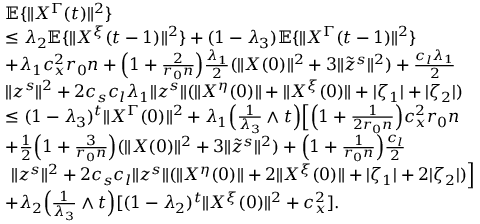
\begin{array} { r l } & { \mathbb { E } \{ \| X ^ { \Gamma } ( t ) \| ^ { 2 } \} } \\ & { \le \lambda _ { 2 } \mathbb { E } \{ \| X ^ { \xi } ( t - 1 ) \| ^ { 2 } \} + ( 1 - \lambda _ { 3 } ) \mathbb { E } \{ \| X ^ { \Gamma } ( t - 1 ) \| ^ { 2 } \} } \\ & { + \lambda _ { 1 } c _ { x } ^ { 2 } r _ { 0 } n + \Big ( 1 + \frac { 2 } { r _ { 0 } n } \Big ) \frac { \lambda _ { 1 } } { 2 } ( \| X ( 0 ) \| ^ { 2 } + 3 \| \tilde { z } ^ { s } \| ^ { 2 } ) + \frac { c _ { l } \lambda _ { 1 } } { 2 } } \\ & { \| z ^ { s } \| ^ { 2 } + 2 c _ { s } c _ { l } \lambda _ { 1 } \| z ^ { s } \| ( \| X ^ { \eta } ( 0 ) \| + \| X ^ { \xi } ( 0 ) \| + | \zeta _ { 1 } | + | \zeta _ { 2 } | ) } \\ & { \le ( 1 - \lambda _ { 3 } ) ^ { t } \| X ^ { \Gamma } ( 0 ) \| ^ { 2 } + \lambda _ { 1 } \Big ( \frac { 1 } { \lambda _ { 3 } } \wedge t \Big ) \Big [ \Big ( 1 + \frac { 1 } { 2 r _ { 0 } n } \Big ) c _ { x } ^ { 2 } r _ { 0 } n } \\ & { + \frac { 1 } { 2 } \Big ( 1 + \frac { 3 } { r _ { 0 } n } \Big ) ( \| X ( 0 ) \| ^ { 2 } + 3 \| \tilde { z } ^ { s } \| ^ { 2 } ) + \Big ( 1 + \frac { 1 } { r _ { 0 } n } \Big ) \frac { c _ { l } } { 2 } } \\ & { ~ \| z ^ { s } \| ^ { 2 } + 2 c _ { s } c _ { l } \| z ^ { s } \| ( \| X ^ { \eta } ( 0 ) \| + 2 \| X ^ { \xi } ( 0 ) \| + | \zeta _ { 1 } | + 2 | \zeta _ { 2 } | ) \Big ] } \\ & { + \lambda _ { 2 } \Big ( \frac { 1 } { \lambda _ { 3 } } \wedge t \Big ) [ ( 1 - \lambda _ { 2 } ) ^ { t } \| X ^ { \xi } ( 0 ) \| ^ { 2 } + c _ { x } ^ { 2 } ] . } \end{array}